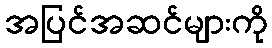
အပြင်အဆင်များကို